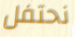
نحتفل